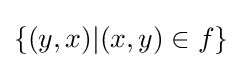
\{(y,x)|(x,y)\in f\}